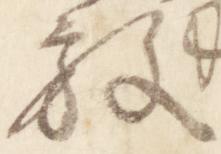
放